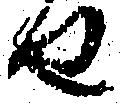
せ